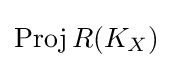
\operatorname {Proj} R(K_{X})